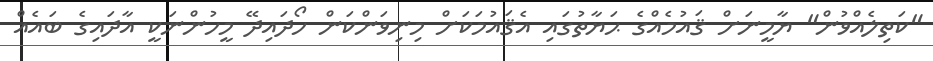
"ކަތިލެއްވުން" ޔާމީނަށް ޤައުމެއްގެ ޙަޔާތުގައި އެޤައުމަކަށް މިނިވަންކަން ހޯދައިދޭ މީހުންނަކީ އާދައިގެ ބައެއް